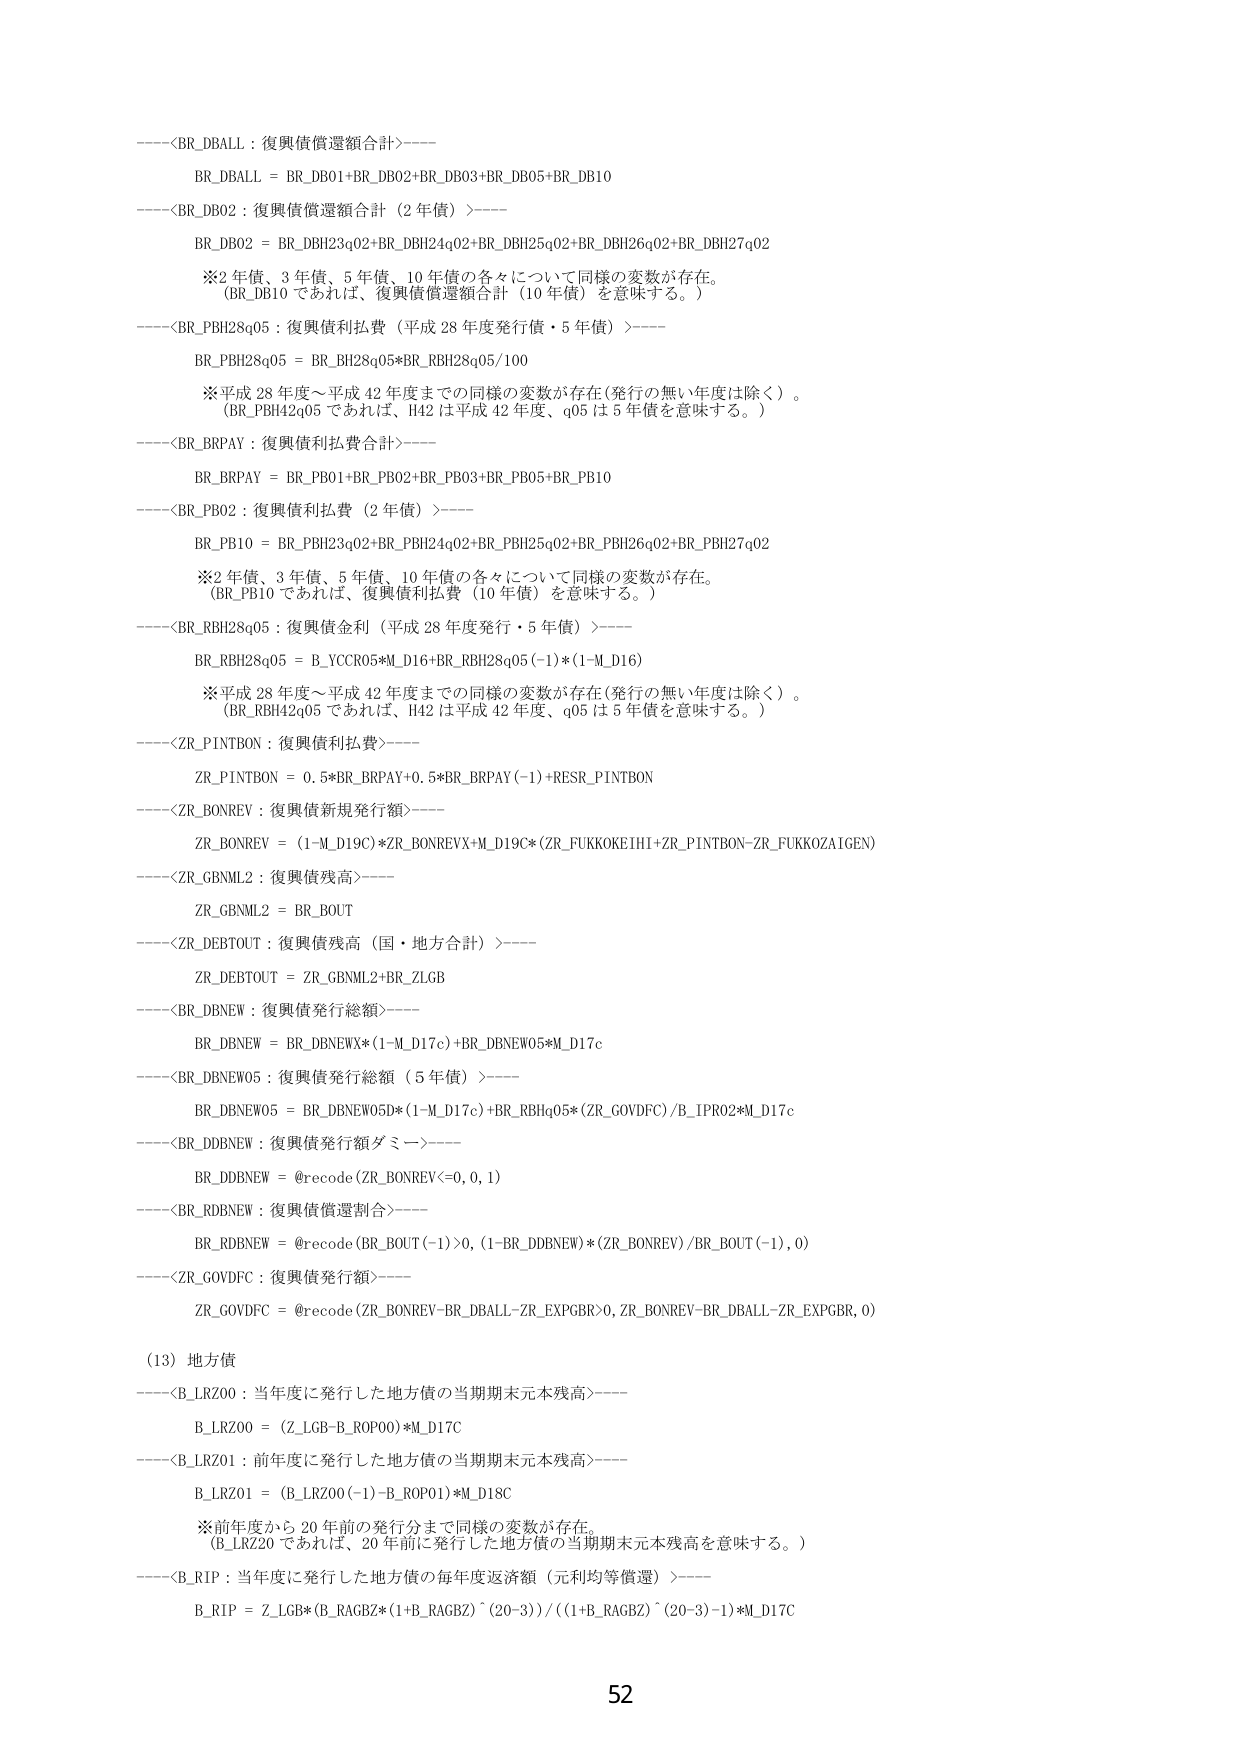
----<BR_DBALL : 復興債償還額合計>----
BR_DBALL = BR_DB01+BR_DB02+BR_DB03+BR_DB05+BR_DB10
----<BR_DB02 : 復興債償還額合計（2年債）>----
BR_DB02 = BR_DBH23q02+BR_DBH24q02+BR_DBH25q02+BR_DBH26q02+BR_DBH27q02
※2年債、3年債、5年債、10年債の各々について同様の変数が存在。
（BR_DB10であれば、復興債償還額合計（10年債）を意味する。）
----<BR_PBH28q05 : 復興債利払費（平成28年度発行債・5年債）>----
BR_PBH28q05 = BR_BH28q05*BR_RBH28q05/100
※平成28年度～平成42年度までの同様の変数が存在（発行の無い年度は除く）。
（BR_PBH42q05であれば、H42は平成42年度、q05は5年債を意味する。）
----<BR_BRPAY : 復興債利払費合計>----
BR_BRPAY = BR_PB01+BR_PB02+BR_PB03+BR_PB05+BR_PB10
----<BR_PB02 : 復興債利払費（2年債）>----
BR_PB10 = BR_PBH23q02+BR_PBH24q02+BR_PBH25q02+BR_PBH26q02+BR_PBH27q02
※2年債、3年債、5年債、10年債の各々について同様の変数が存在。
（BR_PB10であれば、復興債利払費（10年債）を意味する。）
----<BR_RBH28q05 : 復興債金利（平成28年度発行・5年債）>----
BR_RBH28q05 = B_YCCR05*M_D16+BR_RBH28q05(-1)*(1-M_D16)
※平成28年度～平成42年度までの同様の変数が存在（発行の無い年度は除く）。
（BR_RBH42q05であれば、H42は平成42年度、q05は5年債を意味する。）
----<ZR_PINTBON : 復興債利払費>----
ZR_PINTBON = 0.5*BR_BRPAY+0.5*BR_BRPAY(-1)+RESR_PINTBON
----<ZR_BONREV : 復興債新規発行額>----
ZR_BONREV = (1-M_D19C)*ZR_BONREVX*M_D19C*(ZR_FUKKOKEIHI+ZR_PINTBON-ZR_FUKKOZAIGEN)
----<ZR_GBNML2 : 復興債残高>----
ZR_GBNML2 = BR_BOUT
----<ZR_DEBTOUT : 復興債残高（国・地方合計）>----
ZR_DEBTOUT = ZR_GBNML2+BR_ZLGB
----<BR_DBNEW : 復興債発行総額>----
BR_DBNEW = BR_DBNEWX*(1-M_D17c)+BR_DBNEW05*M_D17c
----<BR_DBNEW05 : 復興債発行総額（5年債）>----
BR_DBNEW05 = BR_DBNEW05D*(1-M_D17c)+BR_RBHq05*(ZR_GOVDFC)/B_IPRO2*M_D17c
----<BR_DDBNEW : 復興債発行額ダミー>----
BR_DDBNEW = @recode(ZR_BONREV<=0, 0, 1)
----<BR_RDBNEW : 復興債償還割合>----
BR_RDBNEW = @recode(BR_BOUT(-1)>0, (1-BR_DDBNEW)*(ZR_BONREV)/BR_BOUT(-1), 0)
----<ZR_GOVDFC : 復興債発行額>----
ZR_GOVDFC = @recode(ZR_BONREV-BR_DBALL-ZR_EXPGBR>0, ZR_BONREV-BR_DBALL-ZR_EXPGBR, 0)
(13) 地方債
----<B_LRZ00 : 当年度に発行した地方債の当期期末元本残高>----
B_LRZ00 = (Z_LGB-B_ROP00)*M_D17C
----<B_LRZ01 : 前年度に発行した地方債の当期期末元本残高>----
B_LRZ01 = (B_LRZ00(-1)-B_ROP01)*M_D18C
※前年度から20年前の発行分まで同様の変数が存在。
（B_LRZ20であれば、20年前に発行した地方債の当期期末元本残高を意味する。）
----<B_RIP : 当年度に発行した地方債の毎年度返済額（元利均等償還）>----
B_RIP = Z_LGB*(B_RAGBZ*(1+B_RAGBZ)^(20-3))/((1+B_RAGBZ)^(20-3)-1)*M_D17C
52